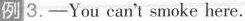
例3.——You can't smoke here.